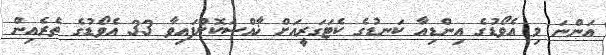
އަންނަ މި އެވޯޑުގެ އިންޑިއާ ކަނޑުގެ ކެޓަގަރީއަށް ޚާއްސަކޮށްފައިވާ 33 އެވޯޑުގެ ތެރެއިން